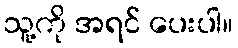
သူ့ကို အရင် ပေးပါ။